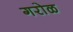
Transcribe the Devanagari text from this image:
गरोळ